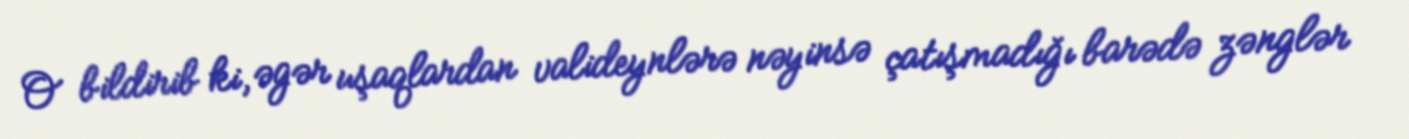
O bildirib ki, əgər uşaqlardan valideynlərə nəyinsə çatışmadığı barədə zənglər